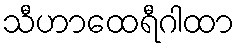
သီဟာထေရီဂါထာ